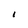
Character: I